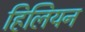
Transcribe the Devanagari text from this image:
हिलियन